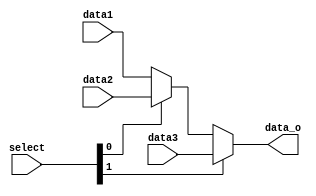
module MUX32_3to1(
    input [31:0] data1,
    input [31:0] data2,
    input [31:0] data3,
    input [1:0]select,

    output reg [31:0] data_o

);
always @(*)begin
    data_o = select[1]? data3 : (select[0]?data2:data1);
end
endmodule